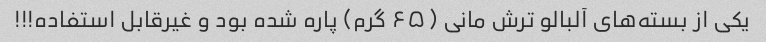
یکی از بسته‌های آلبالو ترش مانی (۶۵ گرم) پاره شده بود و غیرقابل استفاده!!!